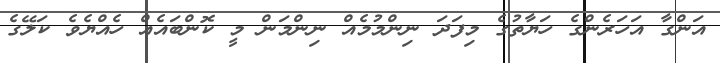
އަންގާ އަހަރެންގެ ހަޔާތުގެ މިފަދަ ނިންމުމެއް ނިންމަން މީ ކޮންބައެއް ހެއްޔެވެ ކަލޭގެ